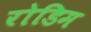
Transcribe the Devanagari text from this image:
रोडिम